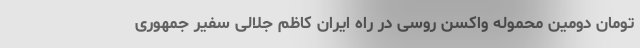
تومان دومین محموله واکسن روسی در راه ایران کاظم جلالی سفیر جمهوری